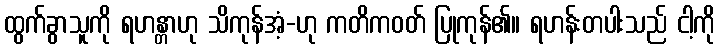
ထွက်ခွာသူကို ရဟန္တာဟု သိကုန်အံ့-ဟု ကတိကဝတ် ပြုကုန်၏။ ရဟန်းတပါးသည် ငါ့ကို